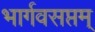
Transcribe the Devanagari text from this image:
भार्गवसप्तम्